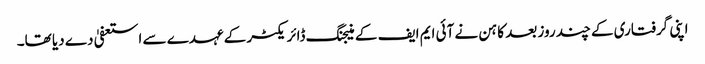
اپنی گرفتاری کے چند روز بعد کاہن نے آئی ایم ایف کے منیجنگ ڈائریکٹر کے عہدے سے استعفیٰ دے دیا تھا۔